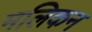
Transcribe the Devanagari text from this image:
मलिकन